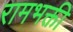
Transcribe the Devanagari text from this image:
रामभक्ती